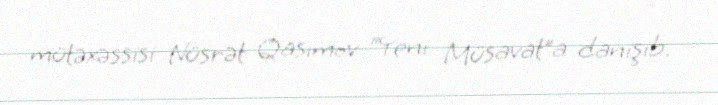
mütəxəssisi Nüsrət Qasımov “Yeni Müsavat”a danişib.